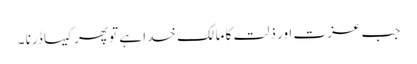
جب عزت اور ذلت کا مالک خدا ہے تو پھر کیسا ڈرنا ۔